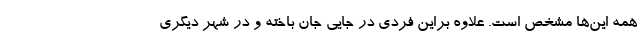
همه این‌ها مشخص است. علاوه براین فردی در جایی جان باخته و در شهر دیگری